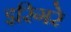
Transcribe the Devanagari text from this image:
इरिगरे